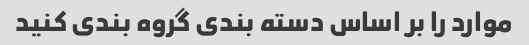
موارد را بر اساس دسته بندی گروه بندی کنید